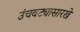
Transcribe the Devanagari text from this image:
उंचवट्यासारखे